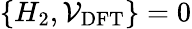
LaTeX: \{ H_{2},\mathcal{V}_{\mathrm{DFT}}\} =0